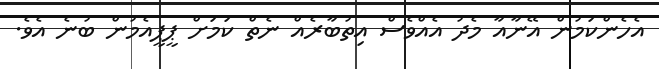
އެހެންކަމުން އޭނާއާ މެދު އެއްވެސް އިތުބާރެއް ނެތް ކަމަށް ޕީޕީއެމުން ބުނެ އެވެ.